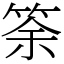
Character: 筡